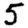
Digit: 5